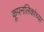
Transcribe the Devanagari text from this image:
कूपनलिकांच्या